Vaccination United Provinces of Agra and Oudh 1914-1922 - 1914-1922
Year: 1914
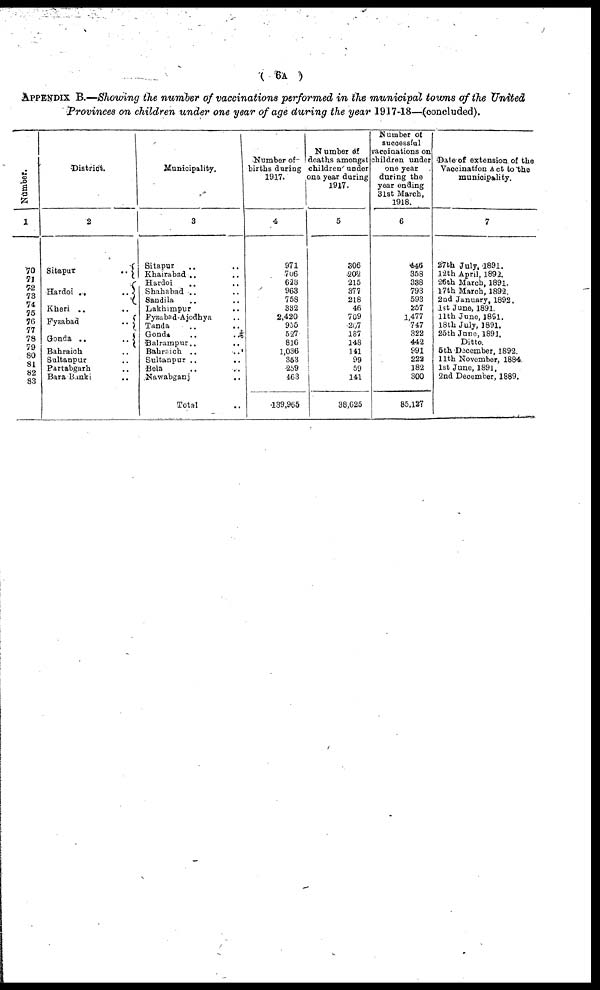
( 6A )
APPENDIX B.—Showing the number of vaccinations performed in the municipal towns of the United
Provinces on children under one year of age during the year 1917-18—(concluded).
Number.
1
70
71 72
73
74
75
76
77
78
79
80
81
82
83
District.
2
Sitapur
..
Hardoi ..
..
Kheri .. ..
Fyzabad
..
Gonda ..
..
Bahraich ..
Sultanpur ..
Partabgarh ..
Bara Banki ..
Municipality.
3
Sitapur .. ..
Khairabad .. ..
Hardoi .. ..
Shahabad .. ..
Sandila .. ..
Lakhimpur
.. ..
Fyzabad-Ajodhya ..
Tanda .. ..
Gonda
..
..
Balrampur.. ..
Bahraich ..
..
Sultanpur ..
..
Bela .. ..
Nawabganj ..
Total ..
Number of
births during
1917.
4
971
706
623
963
758
332
2,420
955
527
816
1,036
353
259
463
139,965
Number of
deaths amongst
children under
one year during
1917.
5
306
202
215
377
218
46
709
207
137
148
141
99
59
141
38,625
Number of
successful
vaccinations on
children under
one year
during the
year ending
31st March,
1918.
6
446
358
338
793
593
257
1,477
747
322
442
991
222
182
300
85,127
Date of extension of the
Vaccination Act to the
municipality.
7
27th July, 1891.
12th April, 1892.
26th March, 1891.
17th March, 1892.
2nd January, 1892.
1st June, 1891.
11th June, 1891.
18th July, 1891.
25th June, 1891.
Ditto.
5th December, 1892.
11th November, 1884.
1st June, 1891,
2nd December, 1889.